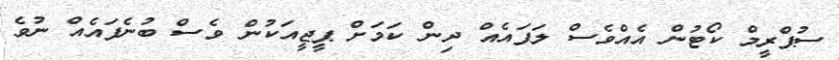
ސުޕްރީމް ކޯޓުން އެއްވެސް ލަފައެއް ދިން ކަމަށް ޕީޖީއަކުން ވެސް ބުނެފައެއް ނުވެ